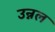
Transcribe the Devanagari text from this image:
उन्नल